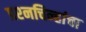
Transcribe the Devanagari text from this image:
प्रश्‍नचिन्हांचा